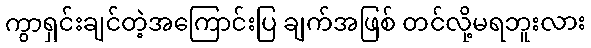
ကွာရှင်းချင်တဲ့အကြောင်းပြ ချက်အဖြစ် တင်လို့မရဘူးလား